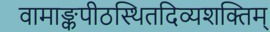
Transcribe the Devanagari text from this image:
वामाङ्कपीठस्थितदिव्यशक्तिम्